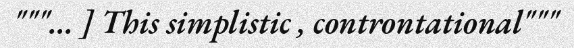
"""... ] This simplistic , controntational"""